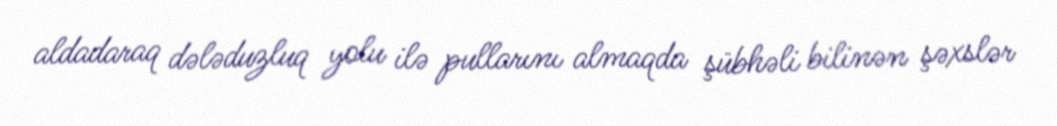
aldadaraq dələduzluq yolu ilə pullarını almaqda şübhəli bilinən şəxslər